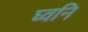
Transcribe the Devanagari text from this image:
घ्वनि